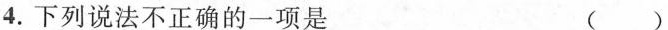
4.下列说法不正确的一项是 ( )